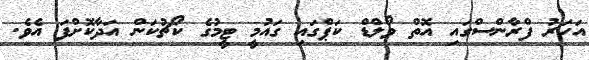
އަހަރު ފްރާންސްގައި އޮތް ވޯލްޑް ކަޕްގައި ގައުމީ ޓީމުގެ ކޯޗުކަން އަދާކޮށްފަ އެވެ.